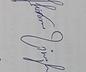
Signature authenticity: genuine